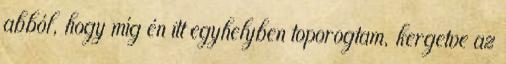
abból, hogy míg én itt egyhelyben toporogtam, kergetve az